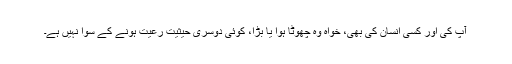
آپ کی اور کسی انسان کی بھی، خواہ وہ چھوٹا ہوا یا بڑا، کوئی دوسری حیثیت رعیت ہونے کے سوا نہیں ہے۔